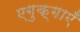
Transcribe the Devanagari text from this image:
एगुक्गाएँ